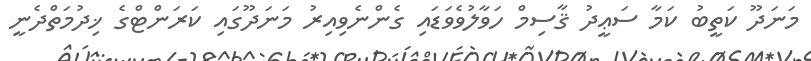
މަނަދޫ ކަތީބު ކަމާ ސަޢީދު ޤާސިމް ހަވާލުވެވަޑައި ގެންނެވިއިރު މަނަދޫގައި ކަރަންޓްގެ ޚިދުމަތްދެނީ